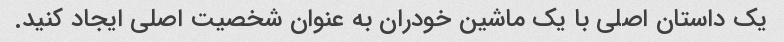
یک داستان اصلی با یک ماشین خودران به عنوان شخصیت اصلی ایجاد کنید.